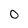
Character: 0